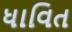
ધાવિત